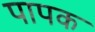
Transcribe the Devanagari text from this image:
पापक